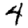
Digit: 4